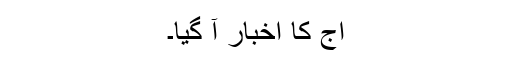
آج کا اخبار آ گیا۔